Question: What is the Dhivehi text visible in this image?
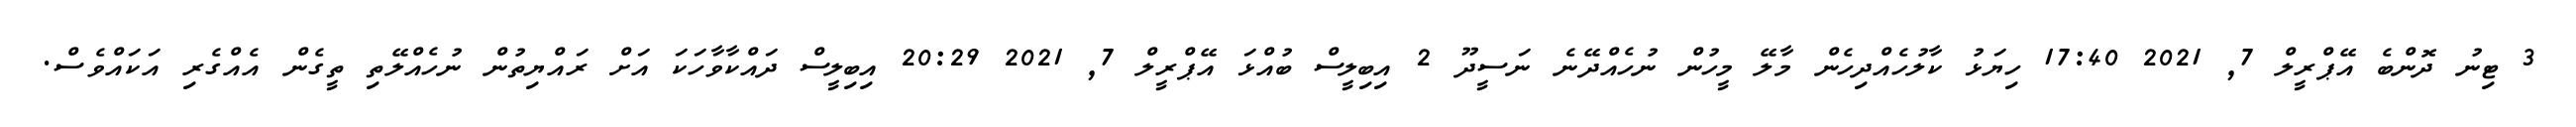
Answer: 3 ޓިނު ދޮންބެ އޭޕްރީލް 7, 2021 17:40 ހިޔަޅު ކާލުހެއްދިހެން މާލޭ މީހުން ނުހެއްދޭނެ ނަސީދޫ 2 އިބިލީސް ބުއްޅަ އޭޕްރީލް 7, 2021 20:29 އިބިލީސް ދައްކާވާހަކަ އަށް ރައްޔިތުން ނުހެއްލޭތި ތީގެން އެއްގެރި އަކައްވެސް.